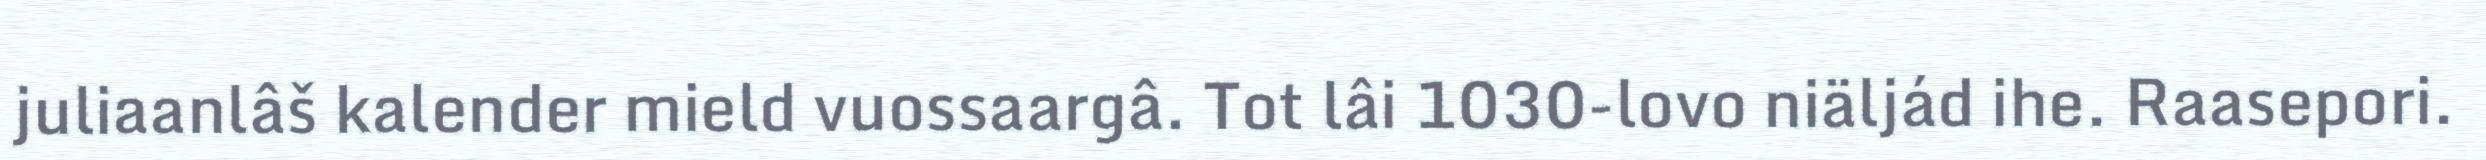
juliaanlâš kalender mield vuossaargâ. Tot lâi 1030-lovo niäljád ihe. Raasepori.